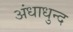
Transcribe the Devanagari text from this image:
अंधाधुन्द